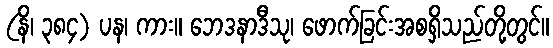
(နိ၊ ၃၈၄) ပန၊ ကား။ ဘေဒနာဒီသု၊ ဖောက်ခြင်းအစရှိသည်တို့တွင်။